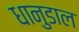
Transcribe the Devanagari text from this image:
धानुडाल